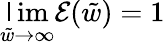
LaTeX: \operatorname*{\mathsf{l}im}_{\tilde{{w}}\to\infty}\mathcal{{E}}(\tilde{{w}})=1